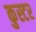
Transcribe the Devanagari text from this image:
कुस्टर